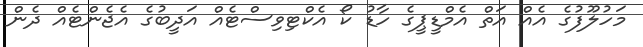
މަހުލޫފުގެ އެއް އަތް އެމްޑީޕީގެ ހާޑު ކޯ އެކްޓިވިސްޓެއް އަދީބުގެ އެޖެންޓެއް ދެން